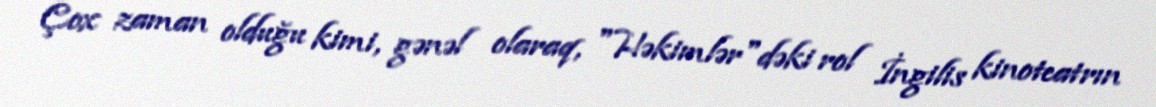
Çox zaman olduğu kimi, gənəl olaraq, "Həkimlər"dəki rol İngilis kinoteatrın